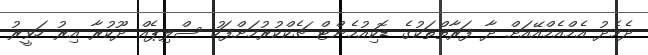
ދެމެދު އެމްއެމްއޭއަށް ދާ ފަރާތްތަކުގެ ޑޮކިއުމެންޓް ޗެކްކުރުމަށްފަހު ސްލިޕެއް ދޫކުރާ އިރު ހަވީރު